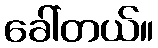
ခေါ်တယ်။